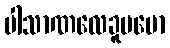
ပါသာဏလေခူပမော